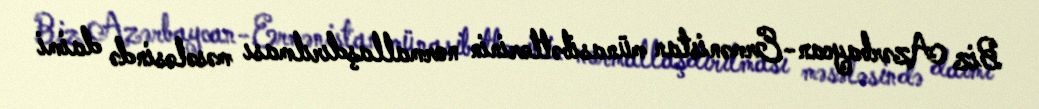
Biz Azərbaycan-Ermənistan münasibətlərinin normallaşdırılması məsələsində daimi